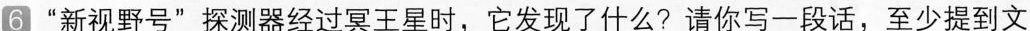
6 “新视野号”探测器经过冥王星时，它发现了什么?请你写一段话，至少提到文